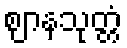
ဈာနသုတ္တံ